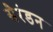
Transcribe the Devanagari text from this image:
सैरंडन